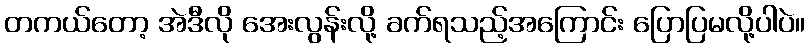
တကယ်တော့ အဲဒီလို အေးလွန်းလို့ ခက်ရသည့်အကြောင်း ပြောပြမလို့ပါပဲ။